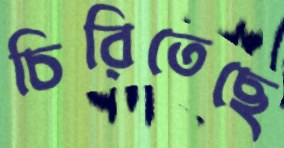
চিরিতেছে